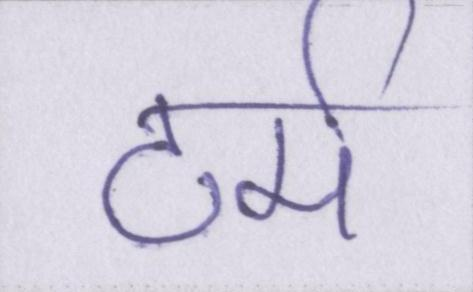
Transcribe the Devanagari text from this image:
टर्म